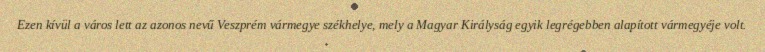
Ezen kívül a város lett az azonos nevű Veszprém vármegye székhelye, mely a Magyar Királyság egyik legrégebben alapított vármegyéje volt.